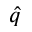
\hat { q }